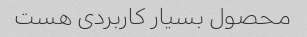
محصول بسیار کاربردی هست